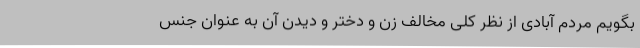
بگویم مردم آبادی از نظر کلی مخالف زن و دختر و دیدن آن به عنوان جنس